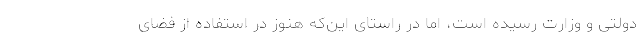
دولتی و وزارت رسیده است، اما در راستای این‌که هنوز در استفاده از فضای